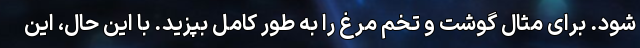
شود. برای مثال گوشت و تخم مرغ را به طور کامل بپزید. با این حال، این